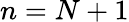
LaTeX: n=N+1